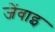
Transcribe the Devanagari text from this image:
जेंवाइ